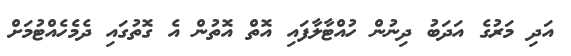
އަދި މަރުގެ އަދަބު ދިނުން ހުއްޓާލާފައި އޮތް އޮތުން އެ ގޮތުގައި ދެމެހެއްޓުމަށް